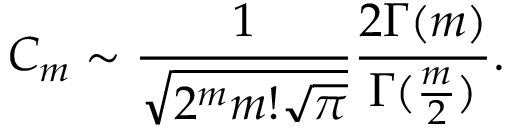
C _ { m } \sim \frac { 1 } { \sqrt { 2 ^ { m } m ! \sqrt { \pi } } } \frac { 2 \Gamma ( m ) } { \Gamma ( \frac { m } { 2 } ) } .